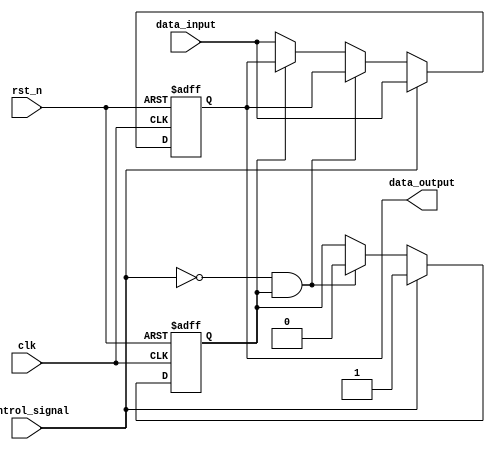
module hold_condition (
    input wire clk,              // Clock signal
    input wire rst_n,            // Active low reset signal
    input wire control_signal,    // Control signal to enable hold condition
    input wire data_input,        // Data input to be held
    output reg data_output        // Data output reflecting held value
);

    // Internal state to indicate if we are in hold state
    reg hold_state;

    // Process block to manage hold condition
    always @(posedge clk or negedge rst_n) begin
        if (!rst_n) begin
            // Reset condition
            data_output <= 0;       // Clear the output
            hold_state <= 0;        // Clear hold state
        end else if (control_signal) begin
            // Capture the data input when control signal is asserted
            data_output <= data_input; // Hold the current value of data input
            hold_state <= 1;          // Set hold state
        end else if (!control_signal && hold_state) begin
            // If control signal is deactivated, release hold state
            hold_state <= 0;          // Clear hold state
        end else if (!hold_state) begin
            // When not in hold state, follow the data input directly
            data_output <= data_input; // Update output with data input
        end
    end

endmodule